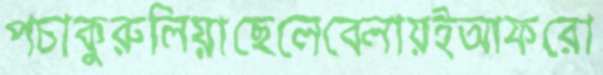
পচাকুরুলিয়াছেলেবেলায়ইআফরো